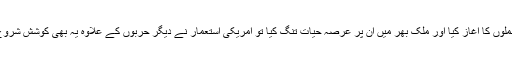
جب امارتِ اسلامیہ کے غیور مجاہدین نے قابض امریکی فورسز پر جوابی حملوں کا آغاز کیا اور ملک بھر میں ان پر عرصۂ حیات تنگ کیا تو امریکی استعمار نے دیگر حربوں کے علاوہ یہ بھی کوشش شروع کی کہ کسی طرح امارتِ اسلامیہ کی قیادت کو تلاش اور گرفتار کیا جائے۔